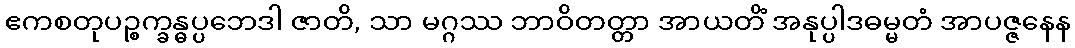
ဧကစတုပဉ္စက္ခန္ဓပ္ပဘေဒါ ဇာတိ, သာ မဂ္ဂဿ ဘာဝိတတ္တာ အာယတိံ အနုပ္ပါဒဓမ္မတံ အာပဇ္ဇနေန